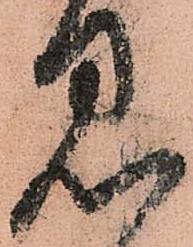
見